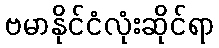
ဗမာနိုင်ငံလုံးဆိုင်ရာ